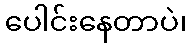
ပေါင်းနေတာပဲ၊